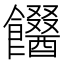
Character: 𩟫